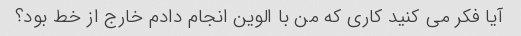
آیا فکر می کنید کاری که من با الوین انجام دادم خارج از خط بود؟